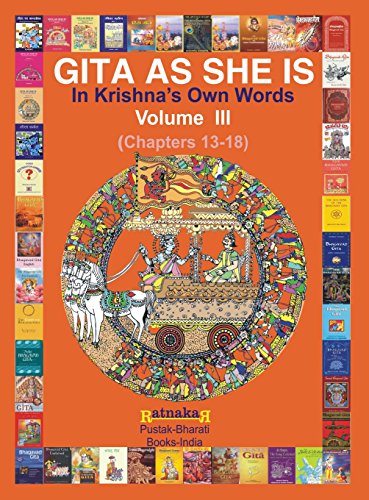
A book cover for Gita As She Is In Krishna's Own Words, Volume III; Ratnakar Narale; Religion & Spirituality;